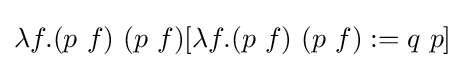
\lambda f.(p\ f)\ (p\ f)[\lambda f.(p\ f)\ (p\ f):=q\ p]